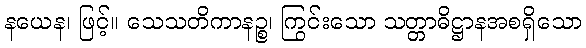
နယေန၊ ဖြင့်။ သေသတိကာနဉ္စ၊ ကြွင်းသော သတ္တာဓိဋ္ဌာနအစရှိသော